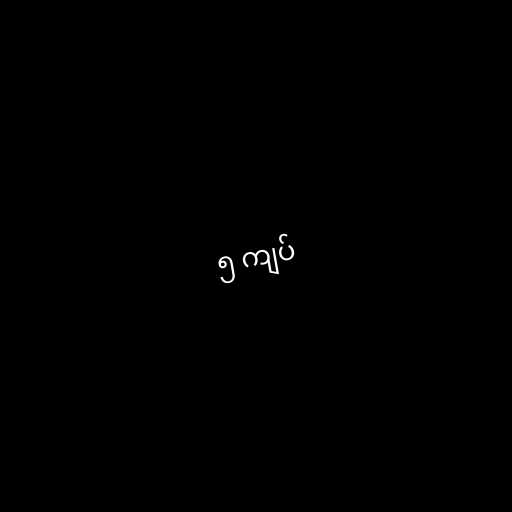
၅ ကျပ်